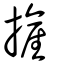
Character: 摌